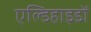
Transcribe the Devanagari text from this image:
एल्डिहाइडों